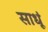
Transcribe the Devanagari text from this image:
साधूं